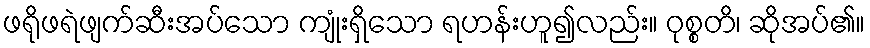
ဖရိုဖရဲဖျက်ဆီးအပ်သော ကျုံးရှိသော ရဟန်းဟူ၍လည်း။ ဝုစ္စတိ၊ ဆိုအပ်၏။